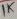
Text: 1K